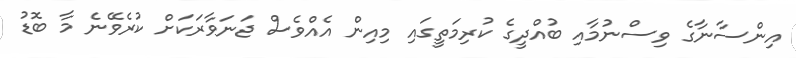
އިންސާނާގެ ވިސްނުމާއި ބުއްދީގެ ކުރިމަތީގައި މިއިން އެއްވެސް ޖަނަވާރަކަށް ކުރެވޭނެ މާ ބޮޑު